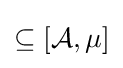
\subseteq \left[{\mathcal {A}},\mu \right]